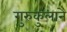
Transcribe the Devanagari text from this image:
गुरुकुलाने